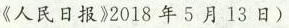
《人民日报》2018 年 5 月 13 日)